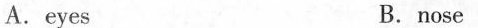
A.eyes B.nose